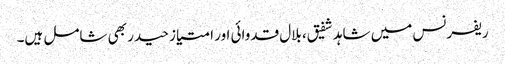
ریفرنس میں شاہد شفیق، بلال قدوائی اور امتیاز حیدر بھی شامل ہیں۔